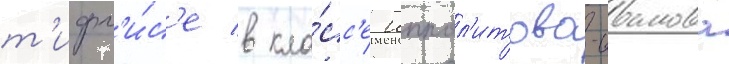
т'ифл'и́с'е в кла́сс'е иппол'итова-иванова